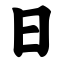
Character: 日